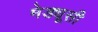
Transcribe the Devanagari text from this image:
मेड्यूसी